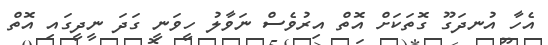
އެހާ އުނދަގޫ ގޮތަކަށް އޮތް އިރުވެސް ނަވާލު ހީވަނީ ގަދަ ނީދީގައި އޮތް